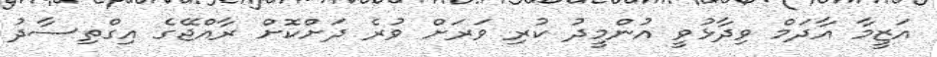
އަޒީމާ އާދަމް ވިދާޅުވީ އުންމީދު ކުރި ވަރަށް ވުރެ ދަށްކޮށް ރާއްޖޭގެ އިގްތިސާދު